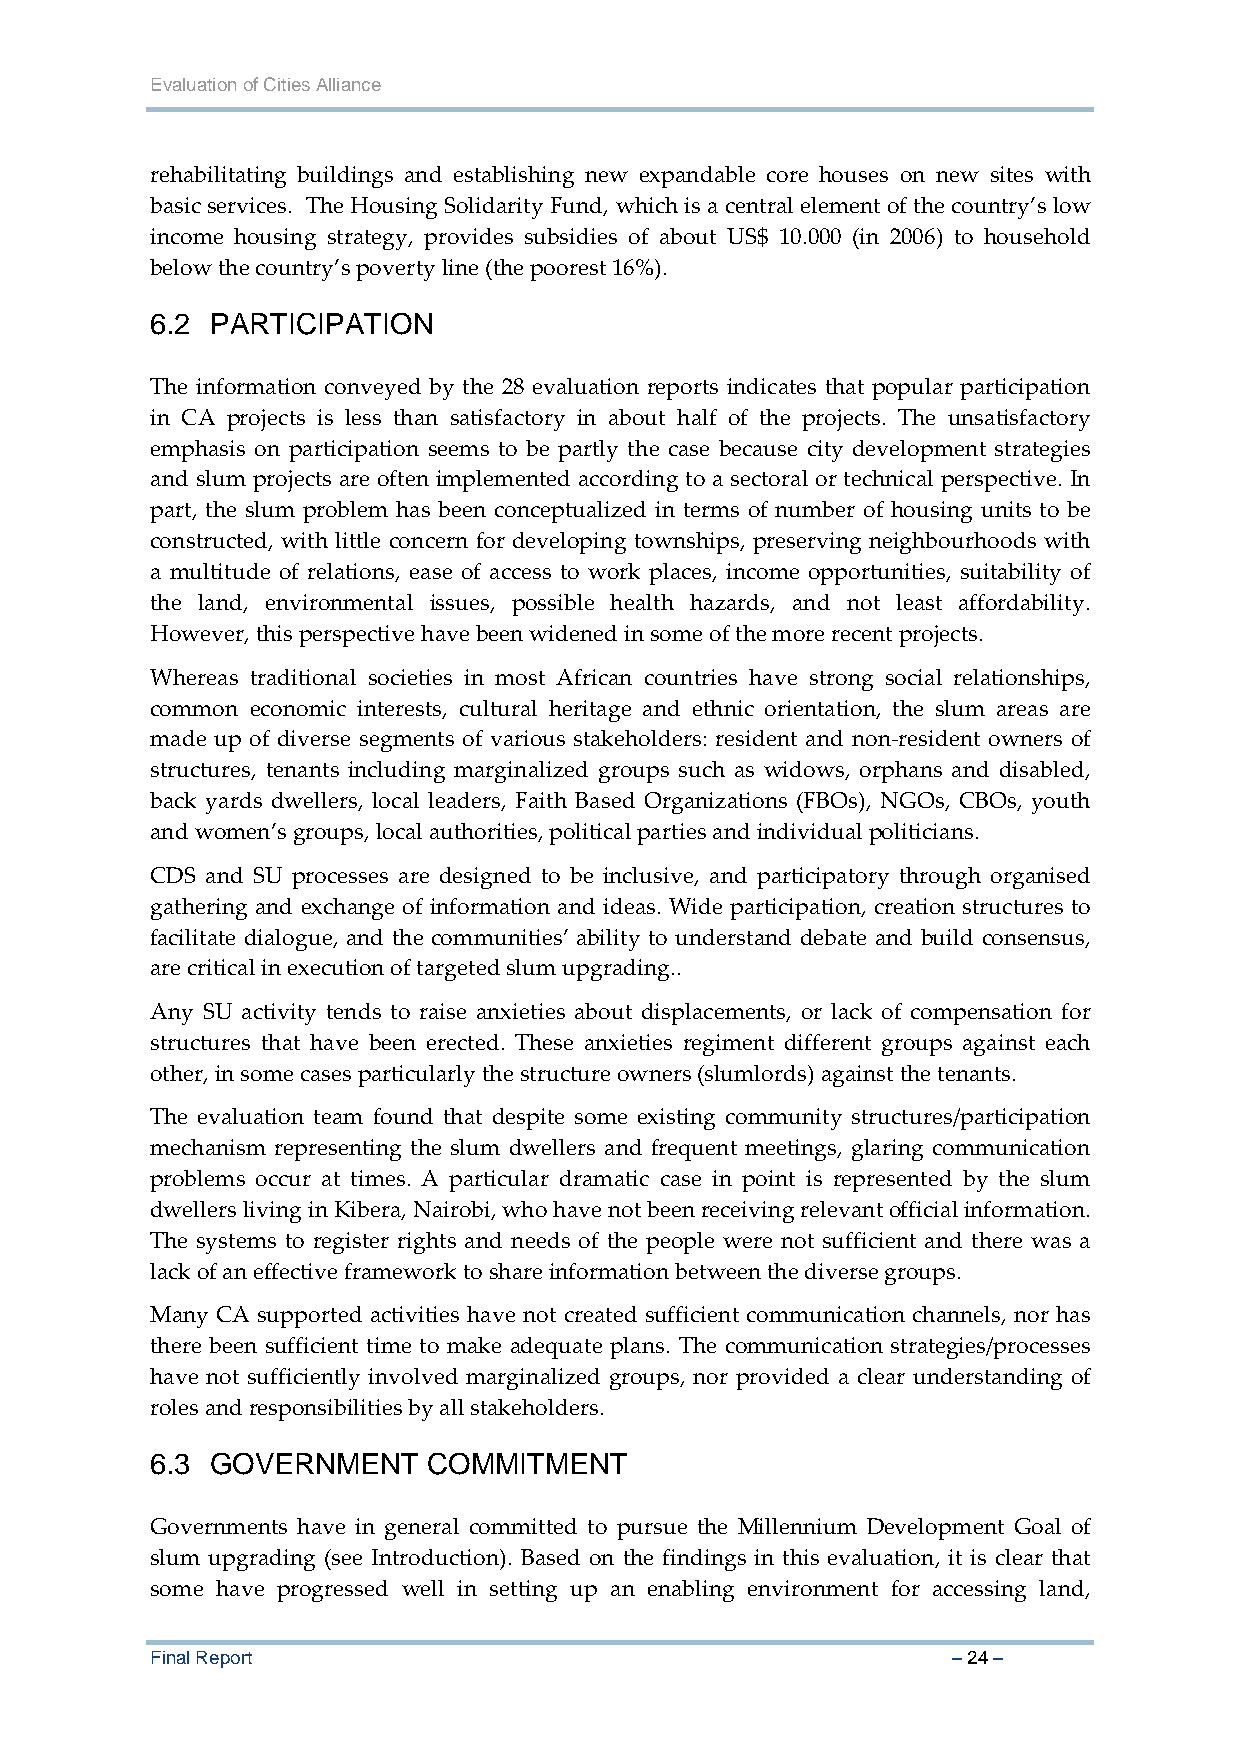
Evaluation of Cities Alliance
 rehabilitating buildings and establishing new expandable core houses on new sites with
 basic services. The Housing Solidarity Fund, which is a central element of the country’s low
 income housing strategy, provides subsidies of about US$ 10.000 (in 2006) to household
 below the country’s poverty line (the poorest 16%).
 6.2 PARTICIPATION
 The information conveyed by the 28 evaluation reports indicates that popular participation
 in CA projects is less than satisfactory in about half of the projects. The unsatisfactory
 emphasis on participation seems to be partly the case because city development strategies
 and slum projects are often implemented according to a sectoral or technical perspective. In
 part, the slum problem has been conceptualized in terms of number of housing units to be
 constructed, with little concern for developing townships, preserving neighbourhoods with
 a multitude of relations, ease of access to work places, income opportunities, suitability of
 the land, environmental issues, possible health hazards, and not least affordability.
 However, this perspective have been widened in some of the more recent projects.
 Whereas traditional societies in most African countries have strong social relationships,
 common economic interests, cultural heritage and ethnic orientation, the slum areas are
 made up of diverse segments of various stakeholders: resident and non‐resident owners of
 structures, tenants including marginalized groups such as widows, orphans and disabled,
 back yards dwellers, local leaders, Faith Based Organizations (FBOs), NGOs, CBOs, youth
 and women’s groups, local authorities, political parties and individual politicians.
 CDS and SU processes are designed to be inclusive, and participatory through organised
 gathering and exchange of information and ideas. Wide participation, creation structures to
 facilitate dialogue, and the communities’ ability to understand debate and build consensus,
 are critical in execution of targeted slum upgrading..
 Any SU activity tends to raise anxieties about displacements, or lack of compensation for
 structures that have been erected. These anxieties regiment different groups against each
 other, in some cases particularly the structure owners (slumlords) against the tenants.
 The evaluation team found that despite some existing community structures/participation
 mechanism representing the slum dwellers and frequent meetings, glaring communication
 problems occur at times. A particular dramatic case in point is represented by the slum
 dwellers living in Kibera, Nairobi, who have not been receiving relevant official information.
 The systems to register rights and needs of the people were not sufficient and there was a
 lack of an effective framework to share information between the diverse groups.
 Many CA supported activities have not created sufficient communication channels, nor has
 there been sufficient time to make adequate plans. The communication strategies/processes
 have not sufficiently involved marginalized groups, nor provided a clear understanding of
 roles and responsibilities by all stakeholders.
 6.3 GOVERNMENT    COMMITMENT
 Governments have in general committed to pursue the Millennium Development Goal of
 slum upgrading (see Introduction). Based on the findings in this evaluation, it is clear that
 some have progressed well in setting up an enabling environment for accessing land,
 Final Report                                         – 24 –